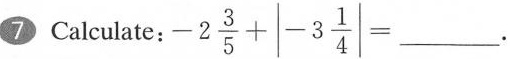
7 Calculate:$$-2 \frac{3}{5}+\left|-3 \frac{1}{4}\right|=___$$.